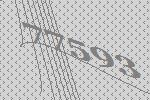
77593